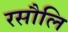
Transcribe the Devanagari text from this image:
रसौलि